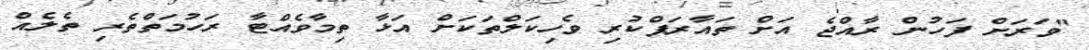
"ވަރަށް ފަހުން ރާއްޖެ އަށް ތައާރަފްކުރި ވެހިކަލްތަކަށް އަޅާ ތިމާވެއްޓާ ރަހުމަތްތެރި ތެލެއް